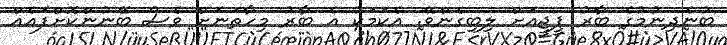
ބުނެދިނުމުގެ ބާރު ޕީޖީއަށް ލިބިގެންވޭ. އެކަމަކު އެ ބާރު މިހާތަނަށް ވެސް ބޭނުންކޮށްފައެއް